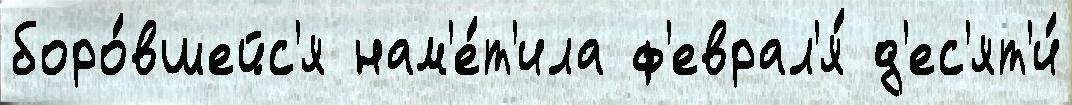
боро́вшейс'я нам'е́т'ила ф'еврал'я́ д'ес'ят'и́